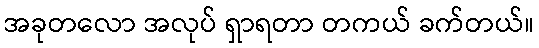
အခုတလော အလုပ် ရှာရတာ တကယ် ခက်တယ်။